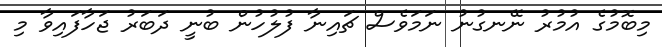
މިބޮމުގެ އުމުރު ނޭނގުނު ނަމަވެސް ޗައިނާ ފުލުހުން ބުނީ ދަބަރު ޖަހާފައިވާ މި